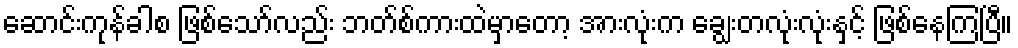
ဆောင်းကုန်ခါစ ဖြစ်သော်လည်း ဘတ်စ်ကားထဲမှာတော့ အားလုံးက ချွေးတလုံးလုံးနှင့် ဖြစ်နေကြပြီ။